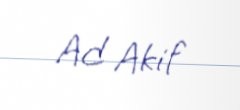
Ad Akif